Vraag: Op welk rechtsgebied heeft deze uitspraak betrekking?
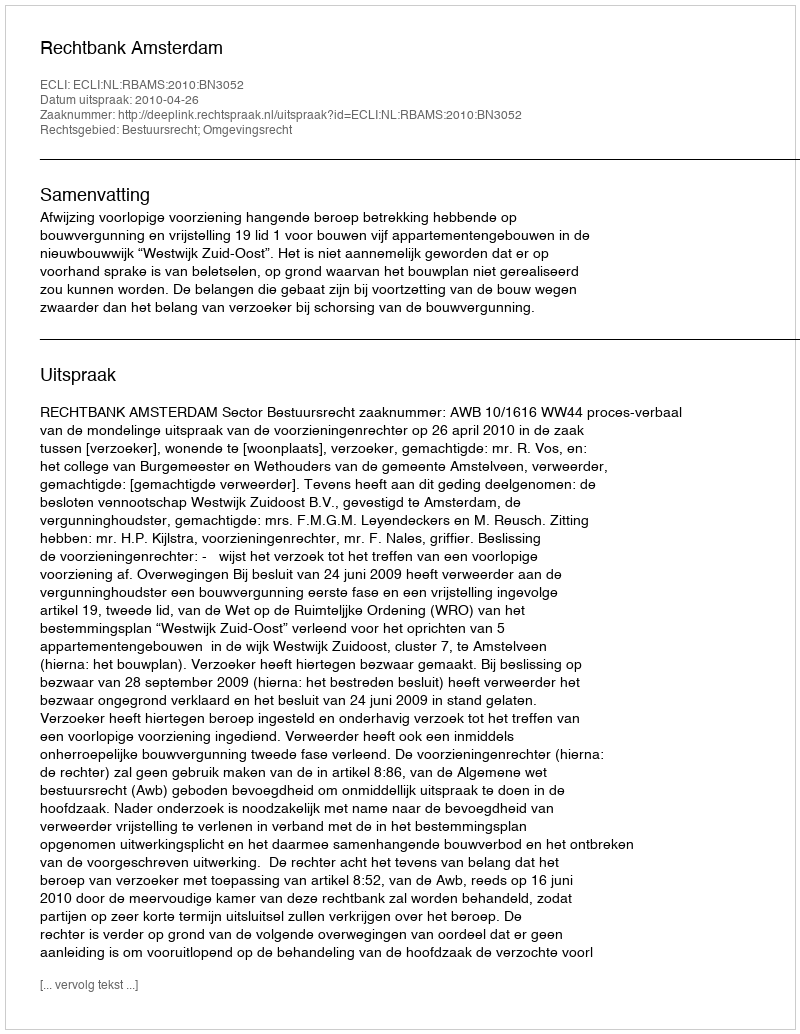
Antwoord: Bestuursrecht; Omgevingsrecht